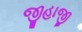
જીહાજી